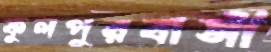
ফুলপুরবাসী